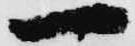
一